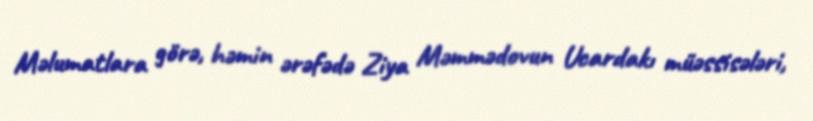
Məlumatlara görə, həmin ərəfədə Ziya Məmmədovun Ucardakı müəssisələri,